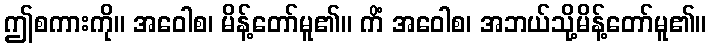
ဤစကားကို။ အဝေါစ၊ မိန့်တော်မူ၏။ ကိံ အဝေါစ၊ အဘယ်သို့မိန့်တော်မူ၏။